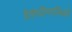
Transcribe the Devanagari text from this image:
हैयंगवीनरसिको